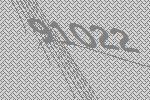
91022